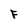
Character: F